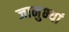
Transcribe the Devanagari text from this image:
जानुभ्यां